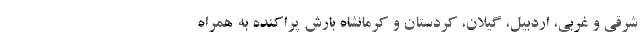
شرقی و غربی، اردبیل، گیلان، کردستان و کرمانشاه بارش پراکنده به همراه